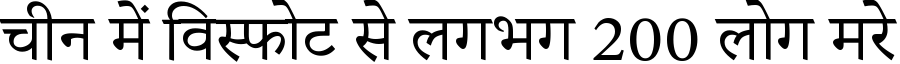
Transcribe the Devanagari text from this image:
चीन में विस्फोट से लगभग 200 लोग मरे